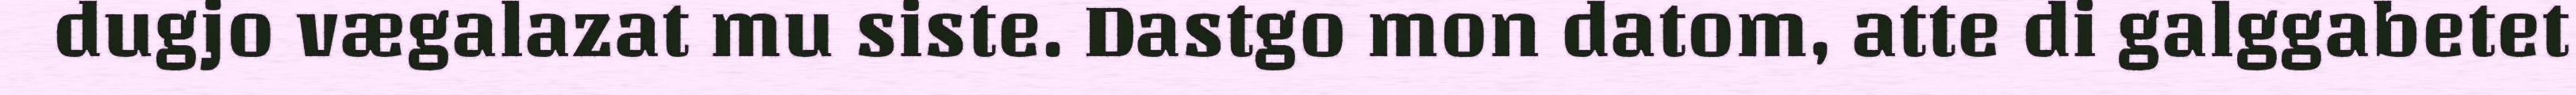
dugjo vægalazat mu siste. Dastgo mon datom, atte di galggabetet